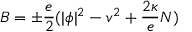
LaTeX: B = \pm \frac e 2 ( | \phi | ^ { 2 } - v ^ { 2 } + \frac { 2 \kappa } e N )